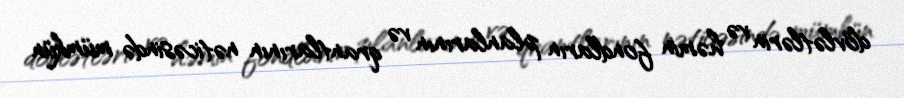
dövlətlərin və həmin fondların planlarının və qrantlarının nəticəsində mümkün